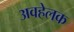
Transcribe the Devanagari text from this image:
अवहेलक